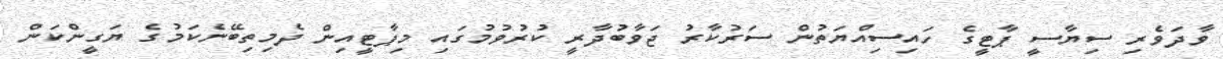
ވާދަވެރި ސިޔާސީ ޕާޓީގެ ހައިސިއްޔަތުން ސަރުކާރު ޖަވާބުދާރީ ކުރުވުމުގައި މިޕާޓީއިން ދެމިތިބޭނެކަމުގެ ޔަގީންކަން